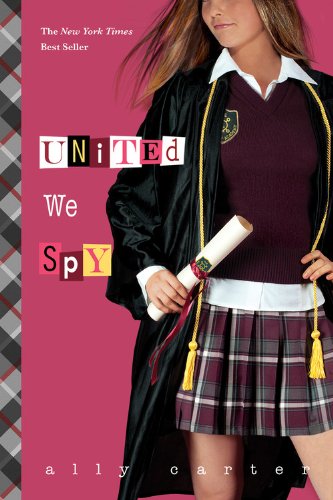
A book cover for United We Spy (Gallagher Girls); Ally Carter; Teen & Young Adult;